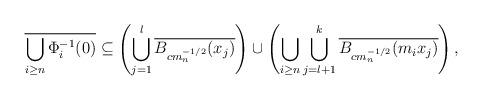
LaTeX: \begin{align*}\overline{\bigcup_{i\geq n}\Phi_i^{-1}(0)} \subseteq \left( \bigcup_{j=1}^l \overline{B_{c m_n^{-1/2}}(x_j)} \right) \cup \left( \bigcup_{i \geq n} \bigcup_{j=l+1}^k \overline{B_{c m_n^{-1/2}}(m_i x_j)} \right),\end{align*}